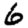
Digit: 6